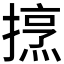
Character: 𢴒